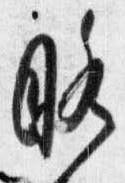
略